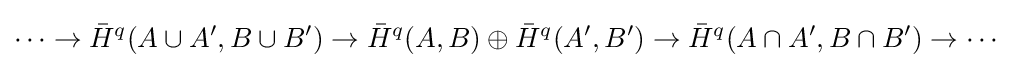
\cdots \to {\bar {H}}^{q}(A\cup A',B\cup B')\to {\bar {H}}^{q}(A,B)\oplus {\bar {H}}^{q}(A',B')\to {\bar {H}}^{q}(A\cap A',B\cap B')\to \cdots